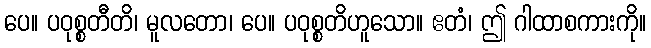
ပေ။ ပဝုစ္စတီတိ၊ မူလတော၊ ပေ။ ပဝုစ္စတိဟူသော။ ဧတံ၊ ဤ ဂါထာစကားကို။